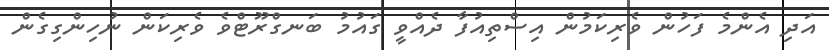
އަދި އެންމެ ފަހުން ވެރިކަމުން އިސްތިއުފާ ދެއްވީ ގައުމު ބަނގްރޫޓްވެ ވެރިކަން ނުހިންގިގެން